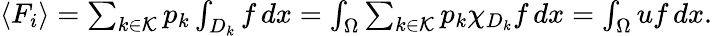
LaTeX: \begin{array}{r}{\langle F_{i}\rangle=\sum_{k\in\mathcal K}p_{k}\int_{D_{k}}f\, dx=\int_{\Omega}\sum_{k\in\mathcal K}p_{k}\chi_{D_{k}}f\, dx=\int_{\Omega}uf\, dx.}\end{array}